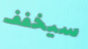
سيخفف